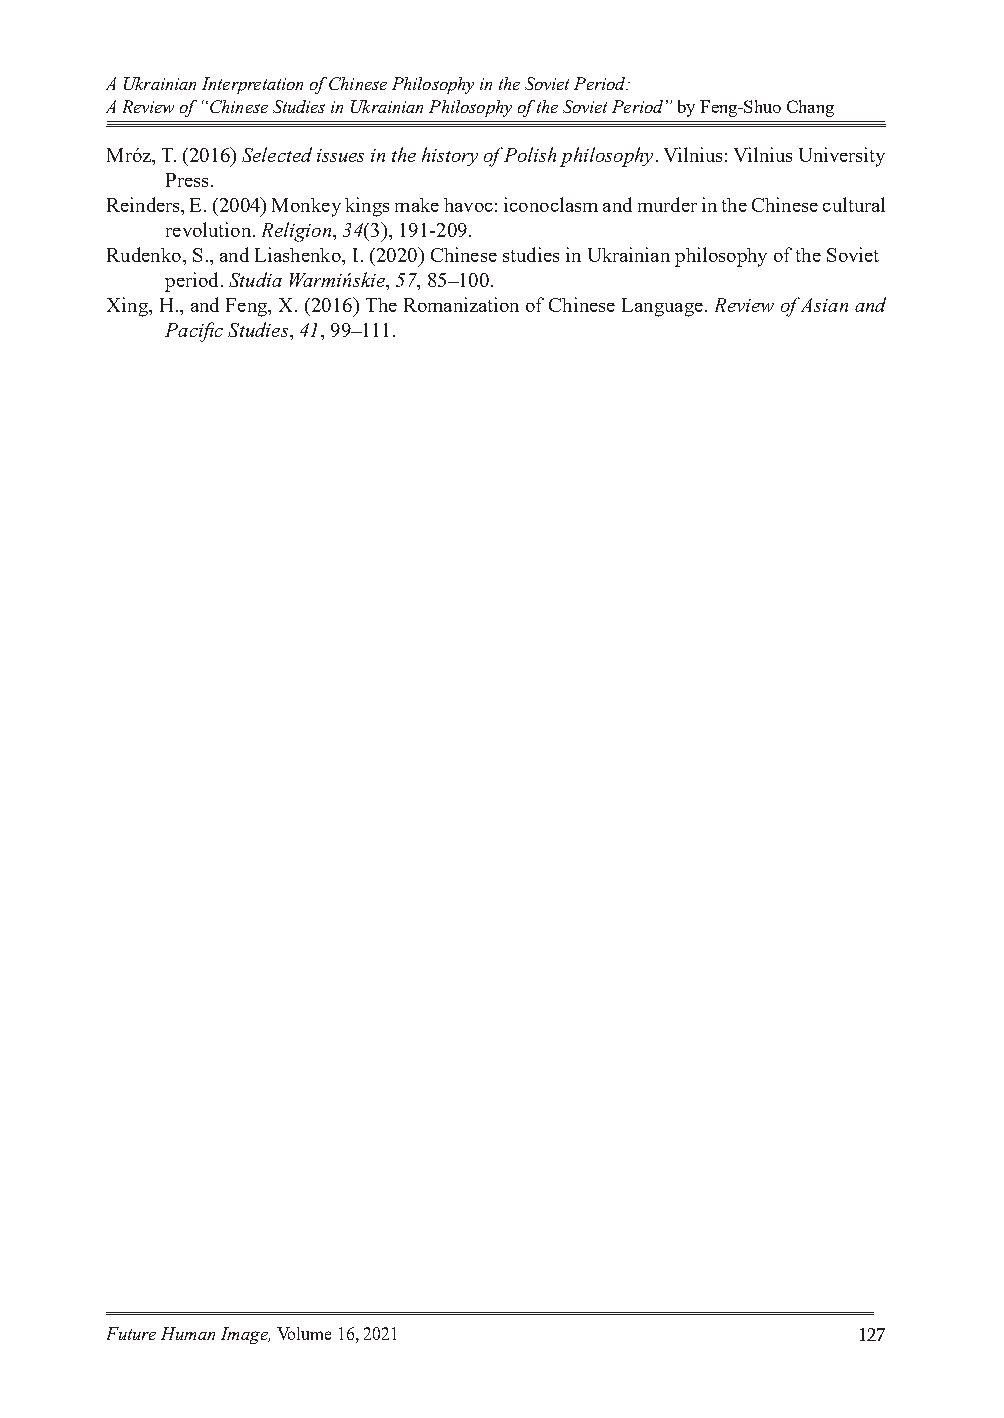
A Ukrainian Interpretation of Chinese Philosophy in the Soviet Period:
 A Review of “Chinese Studies in Ukrainian Philosophy of the Soviet Period” by Feng-Shuo Chang
 Mróz, T. (2016) Selected issues in the history of Polish philosophy. Vilnius: Vilnius University
 Press.
 Reinders, E. (2004) Monkey kings make havoc: iconoclasm and murder in the Chinese cultural
 revolution. Religion, 34(3), 191-209.
 Rudenko, S., and Liashenko, I. (2020) Chinese studies in Ukrainian philosophy of the Soviet
 period. Studia Warmińskie, 57, 85–100.
 Xing, H., and Feng, X. (2016) The Romanization of Chinese Language. Review of Asian and
 Pacific Studies, 41, 99–111.
 Future Human Image, Volume 16, 2021               127